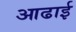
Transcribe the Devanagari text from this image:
आढाई